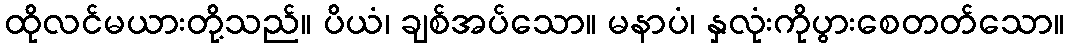
ထိုလင်မယားတို့သည်။ ပိယံ၊ ချစ်အပ်သော။ မနာပံ၊ နှလုံးကိုပွားစေတတ်သော။